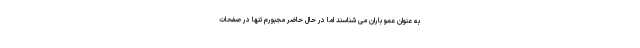
به عنوان عمو باران می شناسند اما در حال حاضر مجبورم تنها در صفحات